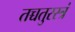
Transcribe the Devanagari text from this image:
तच्चतुरस्त्रं